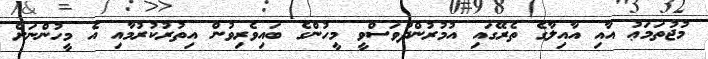
މުޖުތަމަޢު އާއި އާއިލާގެ ތެރޭގައި އުމުރުންދުވަސްވީ މީހުންގެ ބައިވެރިވުން އިތުރުކުރުމާއި އެ މީހުންނަށް